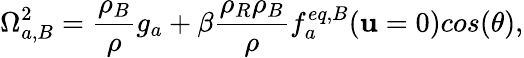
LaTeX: \Omega_{a,B}^{2}=\frac{\rho_{B}}{\rho}g_{a}+\beta\frac{\rho_{R}\rho_{B}}{\rho}f_{a}^{eq,B}(\mathbf{u}=0)cos(\theta),